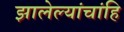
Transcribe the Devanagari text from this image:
झालेल्यांचांहि